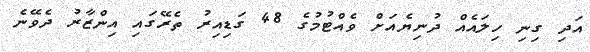
އަދި ގިނި ހިލައެއް ދުނިޔެއަށް ވެއްޓުމުގެ 48 ގަޑިއިރު ތެރޭގައި އިންޒާރު ދެވޭނެ